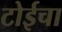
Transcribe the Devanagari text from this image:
टोईचा